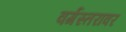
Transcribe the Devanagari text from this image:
वर्गस्तरावर